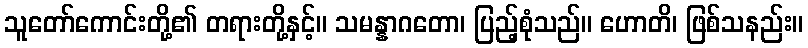
သူတော်ကောင်းတို့၏ တရားတို့နှင့်။ သမန္နာဂတော၊ ပြည့်စုံသည်။ ဟောတိ၊ ဖြစ်သနည်း။